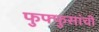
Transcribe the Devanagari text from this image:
फुफ्फुसांची